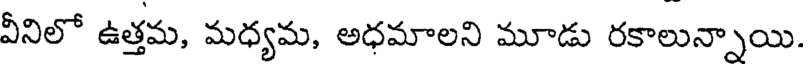
వీనిలో ఉత్తమ, మధ్యమ, అధమాలని మూడు రకాలున్నాయి.